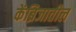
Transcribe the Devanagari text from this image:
केंब्रिजातील